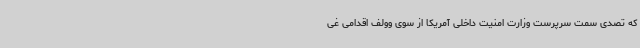
که تصدی سمت سرپرست وزارت امنیت داخلی آمریکا از سوی وولف اقدامی غی